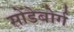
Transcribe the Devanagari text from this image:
सोंडेबोर्ग